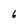
Character: 6